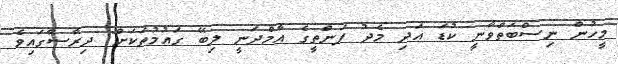
މީހުން ނިސްބަތްވާނީ ކުޑަ އަދި މެދު ފަންތީގެ އާމްދަނީ ލިބޭ ގައުމުތަކަށް" ދިރާސާގައިވެ